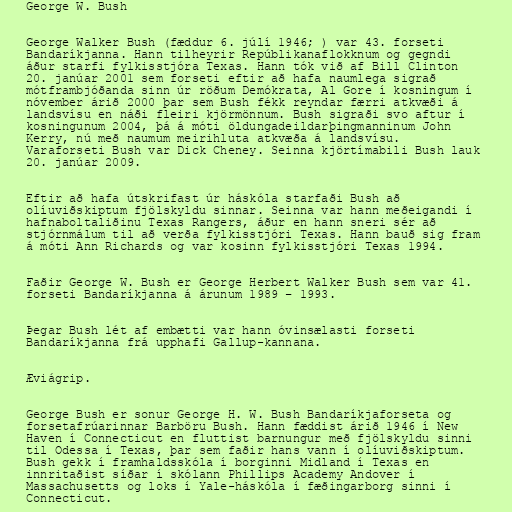
George W. Bush

George Walker Bush (fæddur 6. júlí 1946; ) var 43. forseti
Bandaríkjanna. Hann tilheyrir Repúblikanaflokknum og gegndi
áður starfi fylkisstjóra Texas. Hann tók við af Bill Clinton
20. janúar 2001 sem forseti eftir að hafa naumlega sigrað
mótframbjóðanda sinn úr röðum Demókrata, Al Gore í kosningum í
nóvember árið 2000 þar sem Bush fékk reyndar færri atkvæði á
landsvísu en náði fleiri kjörmönnum. Bush sigraði svo aftur í
kosningunum 2004, þá á móti öldungadeildarþingmanninum John
Kerry, nú með naumum meirihluta atkvæða á landsvísu.
Varaforseti Bush var Dick Cheney. Seinna kjörtímabili Bush lauk
20. janúar 2009.

Eftir að hafa útskrifast úr háskóla starfaði Bush að
olíuviðskiptum fjölskyldu sinnar. Seinna var hann meðeigandi í
hafnaboltaliðinu Texas Rangers, áður en hann sneri sér að
stjórnmálum til að verða fylkisstjóri Texas. Hann bauð sig fram
á móti Ann Richards og var kosinn fylkisstjóri Texas 1994.

Faðir George W. Bush er George Herbert Walker Bush sem var 41.
forseti Bandaríkjanna á árunum 1989 – 1993.

Þegar Bush lét af embætti var hann óvinsælasti forseti
Bandaríkjanna frá upphafi Gallup-kannana.

Æviágrip.

George Bush er sonur George H. W. Bush Bandaríkjaforseta og
forsetafrúarinnar Barböru Bush. Hann fæddist árið 1946 í New
Haven í Connecticut en fluttist barnungur með fjölskyldu sinni
til Odessa í Texas, þar sem faðir hans vann í olíuviðskiptum.
Bush gekk í framhaldsskóla í borginni Midland í Texas en
innritaðist síðar í skólann Phillips Academy Andover í
Massachusetts og loks í Yale-háskóla í fæðingarborg sinni í
Connecticut.